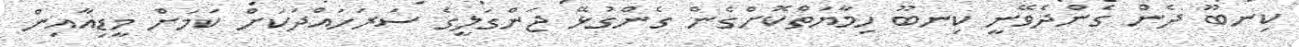
ކިނބޫ ދެން ގެންދެވޭނީ ކިނބޫ ހިމާޔަތްކޮށްގެން ގެންގުޅޭ ޖަންގަލީގެ ސަރަހައްދަކަށް ކަމަށް މީޑިއާއިން